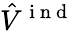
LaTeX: \hat{V}^{\mathrm{~i~n~d~}}